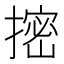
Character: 㨸